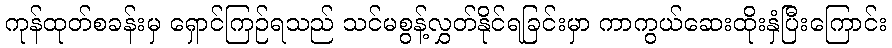
ကုန်ထုတ်စခန်းမှ ရှောင်ကြဉ်ရသည် သင်မစွန့်လွှတ်နိုင်ရခြင်းမှာ ကာကွယ်ဆေးထိုးနှံပြီးကြောင်း